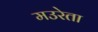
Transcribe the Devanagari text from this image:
मउरेता